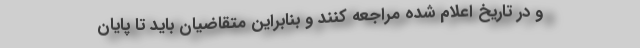
و در تاریخ اعلام شده مراجعه کنند و بنابراین متقاضیان باید تا پایان